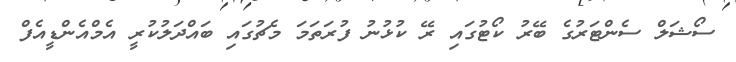
ސޯޝަލް ސެންޓަރުގެ ބޭރު ކޯޓުގައި ރޭ ކުޅުނު ފުރަތަމަ މެޗުގައި ބައްދަލުކުރީ އެމްއެންޑީއެފް